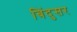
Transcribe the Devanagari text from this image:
बिंदुसर